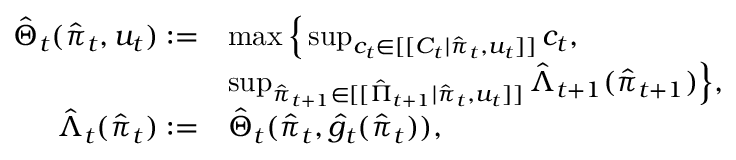
\begin{array} { r l } { \hat { \Theta } _ { t } ( \hat { \pi } _ { t } , u _ { t } ) : = } & { \operatorname* { m a x } \Big \{ \operatorname* { s u p } _ { c _ { t } \in [ [ C _ { t } | \hat { \pi } _ { t } , u _ { t } ] ] } c _ { t } , } \\ & { \operatorname* { s u p } _ { \hat { \pi } _ { t + 1 } \in [ [ \hat { \Pi } _ { t + 1 } | \hat { \pi } _ { t } , u _ { t } ] ] } \hat { \Lambda } _ { t + 1 } ( \hat { \pi } _ { t + 1 } ) \Big \} , } \\ { \hat { \Lambda } _ { t } ( \hat { \pi } _ { t } ) : = } & { \hat { \Theta } _ { t } ( \hat { \pi } _ { t } , \hat { g } _ { t } ( \hat { \pi } _ { t } ) ) , } \end{array}